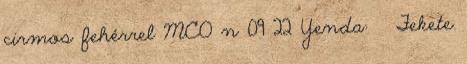
cirmos fehérrel MCO n 09 22 Yenda: ♀ Fekete